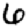
Digit: 6